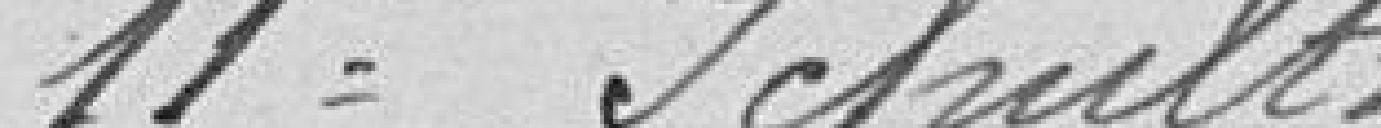
11° Schultz